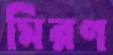
মিরণ